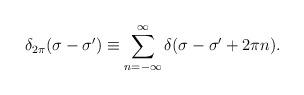
LaTeX: \begin{align*} \delta_{2\pi}(\sigma-\sigma')\equiv \sum_{n=-\infty}^\infty\delta(\sigma-\sigma'+2\pi n).\end{align*}